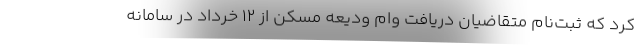
کرد که ثبت‌نام متقاضیان دریافت وام ودیعه مسکن از ۱۲ خرداد در سامانه